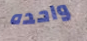
واحده